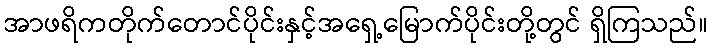
အာဖရိကတိုက်တောင်ပိုင်းနှင့်အရှေ့မြောက်ပိုင်းတို့တွင် ရှိကြသည်။